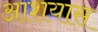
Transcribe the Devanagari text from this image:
आशयास